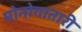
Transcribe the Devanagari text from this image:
मोनोगातारी